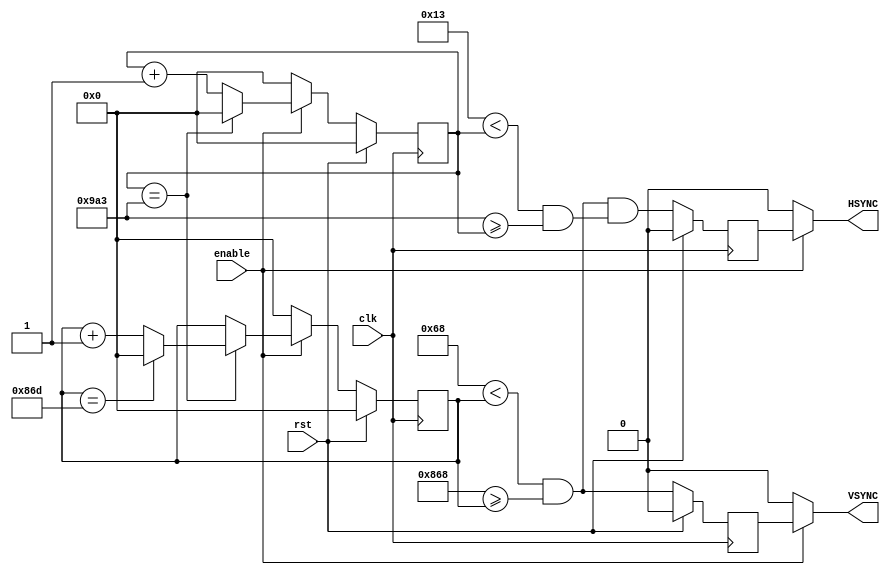
//////////////////////////////////////////////////////////////////////////////////
// -V SYNC-
//  V Branking   V Back porch   V active              V Front porch   V Branking
// ____________|==============|=====================|===============|____________
// 
// -H SYNC-
//  H Branking   H Back porch   H active              H Front porch   H Branking
// ____________|==============|=====================|===============|____________
//////////////////////////////////////////////////////////////////////////////////
module video_signal_generate(
    input clk,
	input rst,
	input enable,
	output VSYNC,
	output HSYNC
);

    parameter VBLK = 100 ;
	parameter HBLK = 20  ;
	parameter V_BP = 5 ;
	parameter V_FP = 5 ;
	parameter H_BP = 0 ;
	parameter H_FP = 0 ;
	
	parameter H_WIDTH = 2448 ;
	parameter V_WIDTH = 2048 ;
	parameter DLY = 0.1 ;
	
	reg [12:0] hcnt ;
	reg [12:0] vcnt ;
	
	always @ (posedge clk) begin
	    if(rst) begin
		    hcnt[12:0] <= #(DLY) 13'd0 ;
			vcnt[12:0] <= #(DLY) 13'd0 ;
		end else begin
		    if(~enable) begin
			    hcnt[12:0] <= #(DLY) 13'd0 ;
				vcnt[12:0] <= #(DLY) 13'd0 ;
			end else begin
			    if(hcnt[12:0] == (HBLK + H_BP + H_WIDTH + H_FP - 1)) begin
				    hcnt[12:0] <= #(DLY) 13'd0 ;
					if(vcnt[12:0] == (VBLK + V_BP + V_WIDTH + V_FP - 1)) begin
					    vcnt[12:0] <= #(DLY) 13'd0 ;
					end else begin
					    vcnt[12:0] <= #(DLY) vcnt[12:0] + 13'd1 ;
					end
				end else begin
				    hcnt[12:0] <= #(DLY) hcnt[12:0] + 13'd1 ;
				end
			end
		end
	end
	
	wire v_active = (((VBLK + V_BP - 1) < vcnt) & ((VBLK + V_BP + V_WIDTH - 1) >= vcnt));
	wire h_active = (v_active & (((HBLK + H_BP - 1) < hcnt) & ((HBLK + H_BP + H_WIDTH - 1) >= hcnt)));
    // 20 -> 2468

    reg h_active_hld, v_active_hld;
	always @ (posedge clk) begin
	    if(rst) begin
		    h_active_hld     <= #(DLY) 0 ;
		    v_active_hld     <= #(DLY) 0 ;
		end else begin
		    h_active_hld     <= #(DLY) h_active ;
		    v_active_hld     <= #(DLY) v_active ;
		end
	end

	assign HSYNC    = (enable)? h_active_hld     : 0 ;
	assign VSYNC    = (enable)? v_active_hld     : 0 ;
	
	
endmodule